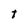
Character: t